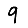
Digit: 9